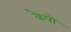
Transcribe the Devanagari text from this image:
कैपो